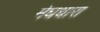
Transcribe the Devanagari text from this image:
मेघधारा